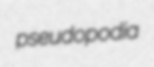
pseudopodia